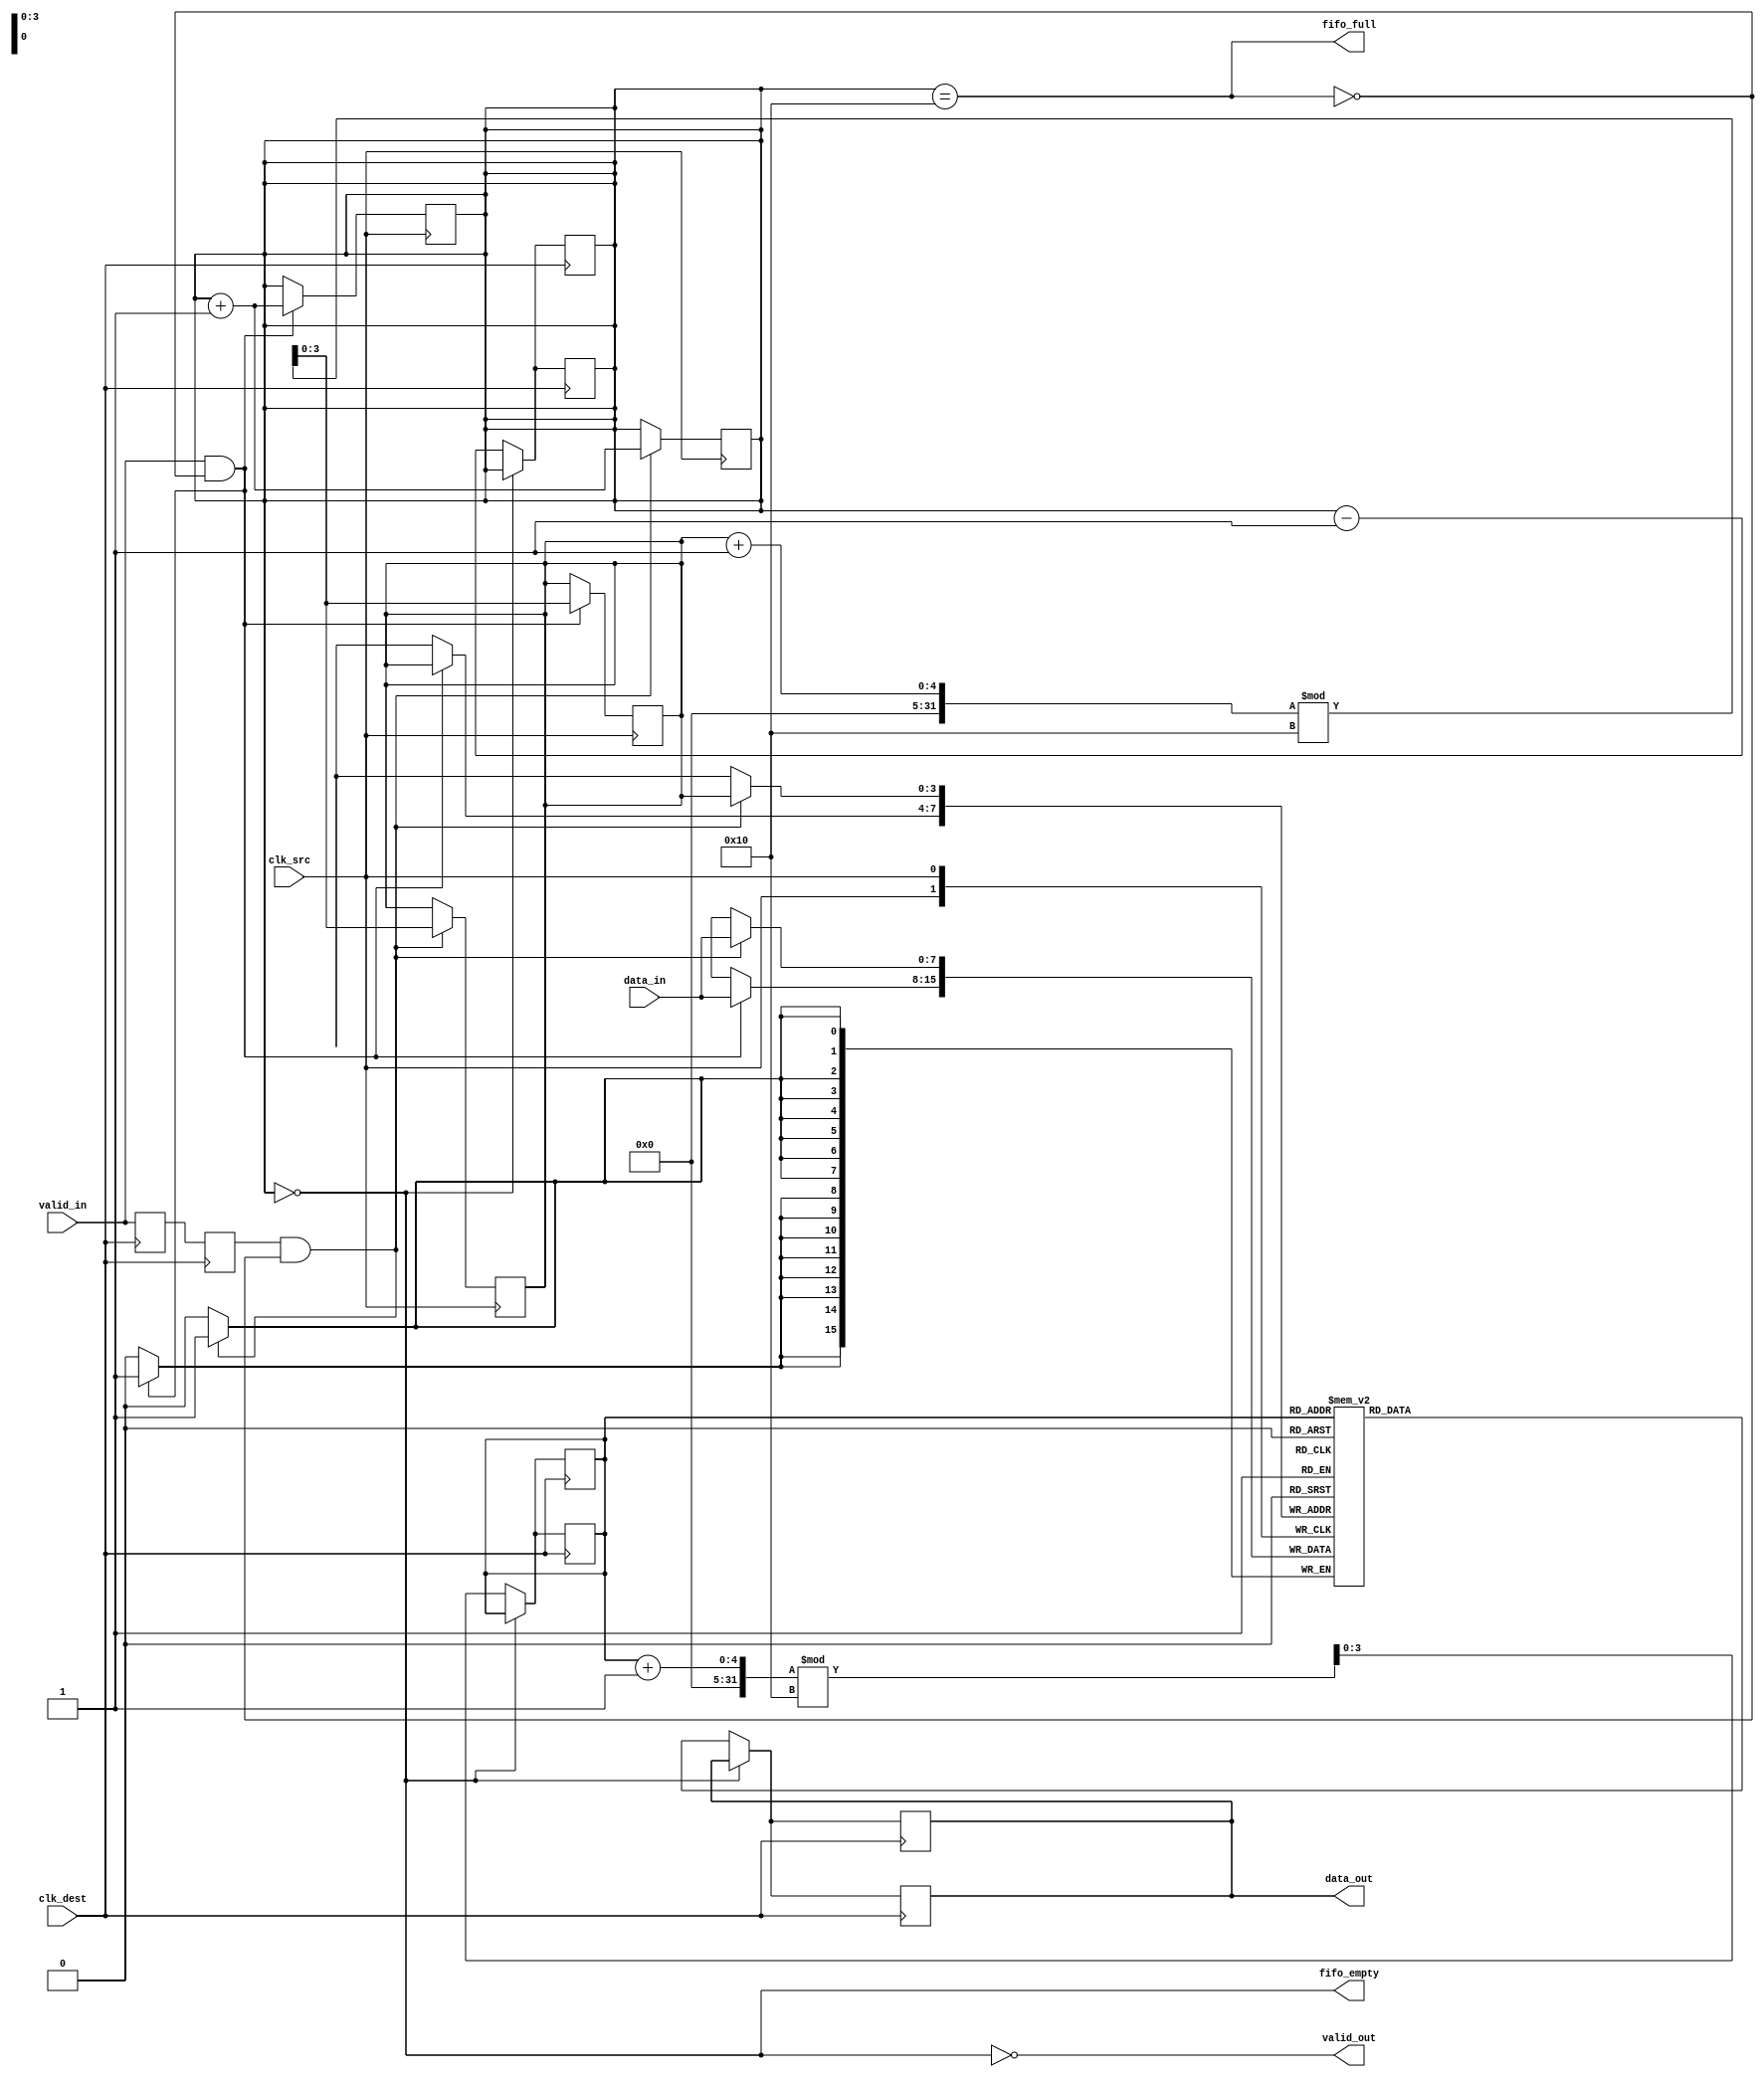
module burst_mode_synchronizer #(
    parameter DATA_WIDTH = 8,
    parameter FIFO_DEPTH = 16
)(
    input wire clk_src,                // Source clock (fast)
    input wire clk_dest,               // Destination clock (slow)
    input wire [DATA_WIDTH-1:0] data_in, // Data input from source clock domain
    input wire valid_in,               // Data valid signal from source
    output reg [DATA_WIDTH-1:0] data_out, // Data output to destination clock domain
    output reg valid_out,              // Data valid signal for destination
    output reg fifo_full,              // FIFO full status
    output reg fifo_empty              // FIFO empty status
);

    // FIFO buffer implementation
    reg [DATA_WIDTH-1:0] fifo_buffer[FIFO_DEPTH-1:0];
    reg [3:0] write_pointer;
    reg [3:0] read_pointer;
    reg [4:0] fifo_count; // To track the number of elements in FIFO

    // Write control logic (in source clock domain)
    always @(posedge clk_src) begin
        if (valid_in && !fifo_full) begin
            fifo_buffer[write_pointer] <= data_in;
            write_pointer <= (write_pointer + 1) % FIFO_DEPTH;
            fifo_count <= fifo_count + 1;
        end
    end

    // Read control logic (in destination clock domain)
    always @(posedge clk_dest) begin
        if (!fifo_empty) begin
            data_out <= fifo_buffer[read_pointer];
            read_pointer <= (read_pointer + 1) % FIFO_DEPTH;
            fifo_count <= fifo_count - 1;
        end
    end

    // FIFO status signals
    always @(*) begin
        fifo_full = (fifo_count == FIFO_DEPTH);
        fifo_empty = (fifo_count == 0);
        valid_out = !fifo_empty; // Data is valid if FIFO is not empty
    end

    // Synchronization logic for handshaking (using 2 flip-flops)
    reg valid_in_sync1, valid_in_sync2;

    always @(posedge clk_dest) begin
        valid_in_sync1 <= valid_in; // First stage of synchronization
        valid_in_sync2 <= valid_in_sync1; // Second stage of synchronization
    end

    // Write data into FIFO on valid signal
    always @(posedge clk_src) begin
        if (valid_in_sync2 && !fifo_full) begin
            fifo_buffer[write_pointer] <= data_in;
            write_pointer <= (write_pointer + 1) % FIFO_DEPTH;
            fifo_count <= fifo_count + 1;
        end
    end

    // FIFO Read Logic
    always @(posedge clk_dest) begin
        if (!fifo_empty) begin
            data_out <= fifo_buffer[read_pointer];
            read_pointer <= (read_pointer + 1) % FIFO_DEPTH;
            fifo_count <= fifo_count - 1;
        end
    end

endmodule